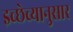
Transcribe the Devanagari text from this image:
इच्छेच्यानुसार